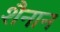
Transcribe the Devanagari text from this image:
शैनान